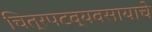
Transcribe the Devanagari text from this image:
चित्रपटव्यवसायाचे